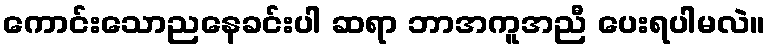
ကောင်းသောညနေခင်းပါ ဆရာ ဘာအကူအညီ ပေးရပါမလဲ။